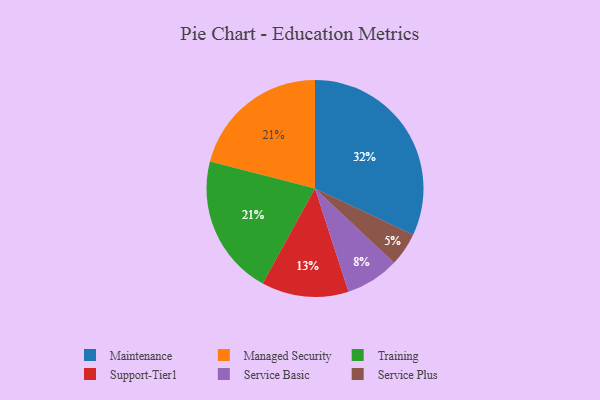
{"axis": {"x": "Category", "y": "Percentage"}, "legend": ["Maintenance", "Managed Security", "Service Basic", "Service Plus", "Support-Tier1", "Training"], "data": [{"x": "Support-Tier1", "y": 13, "type": "Support-Tier1"}, {"x": "Managed Security", "y": 21, "type": "Managed Security"}, {"x": "Service Plus", "y": 5, "type": "Service Plus"}, {"x": "Maintenance", "y": 32, "type": "Maintenance"}, {"x": "Service Basic", "y": 8, "type": "Service Basic"}, {"x": "Training", "y": 21, "type": "Training"}]}